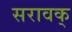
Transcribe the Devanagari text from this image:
सरावक्